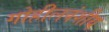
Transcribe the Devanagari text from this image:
गोहीलवंशीय